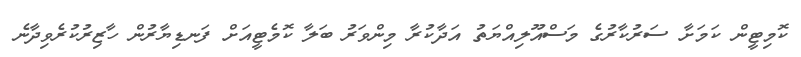
ކޮމިޓީން ކަމަށާ ސަރުކާރުގެ މަސްއޫލިއްޔަތު އަދާކުރާ މިންވަރު ބަލާ ކޮމެޓީއަށް ފަނޑިޔާރުން ހާޒިރުކުރެވިދާނެ